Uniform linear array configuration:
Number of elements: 4
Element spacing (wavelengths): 0.75
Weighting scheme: binomial
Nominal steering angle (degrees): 45
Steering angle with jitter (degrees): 46.826
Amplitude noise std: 0.05
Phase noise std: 0.05

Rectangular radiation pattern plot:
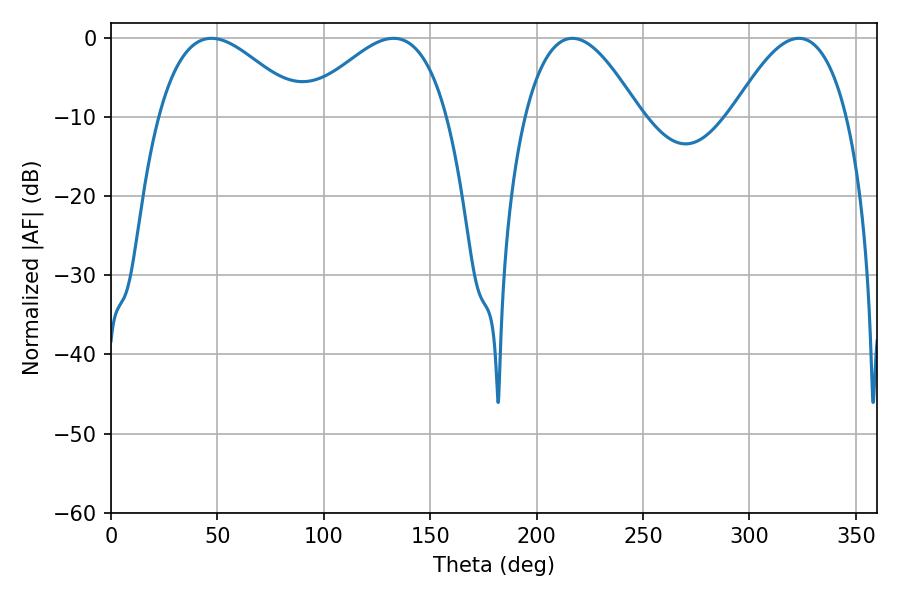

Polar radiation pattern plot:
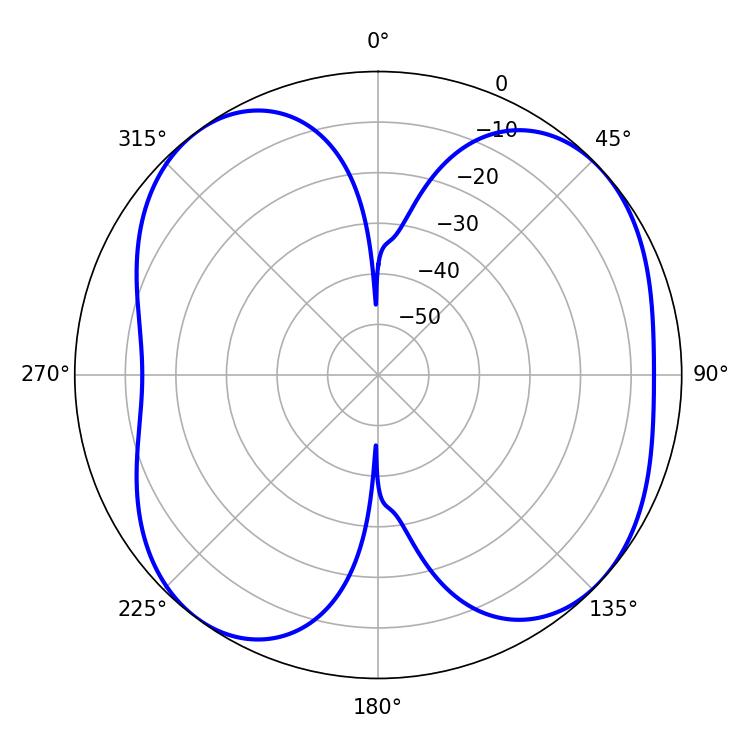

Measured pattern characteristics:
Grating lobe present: TRUE
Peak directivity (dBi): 7.537
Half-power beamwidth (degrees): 36.9
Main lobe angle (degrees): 47.16